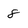
Character: 8